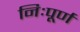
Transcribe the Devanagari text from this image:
निःपूर्ण